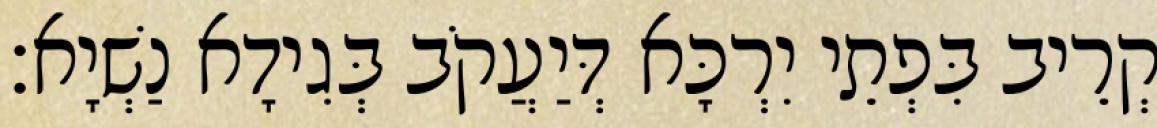
קְרֵיב בִּפְתֵי יִרְכָּא דְּיַעֲקֹב בְּגִידָא נַשְׁיָא׃